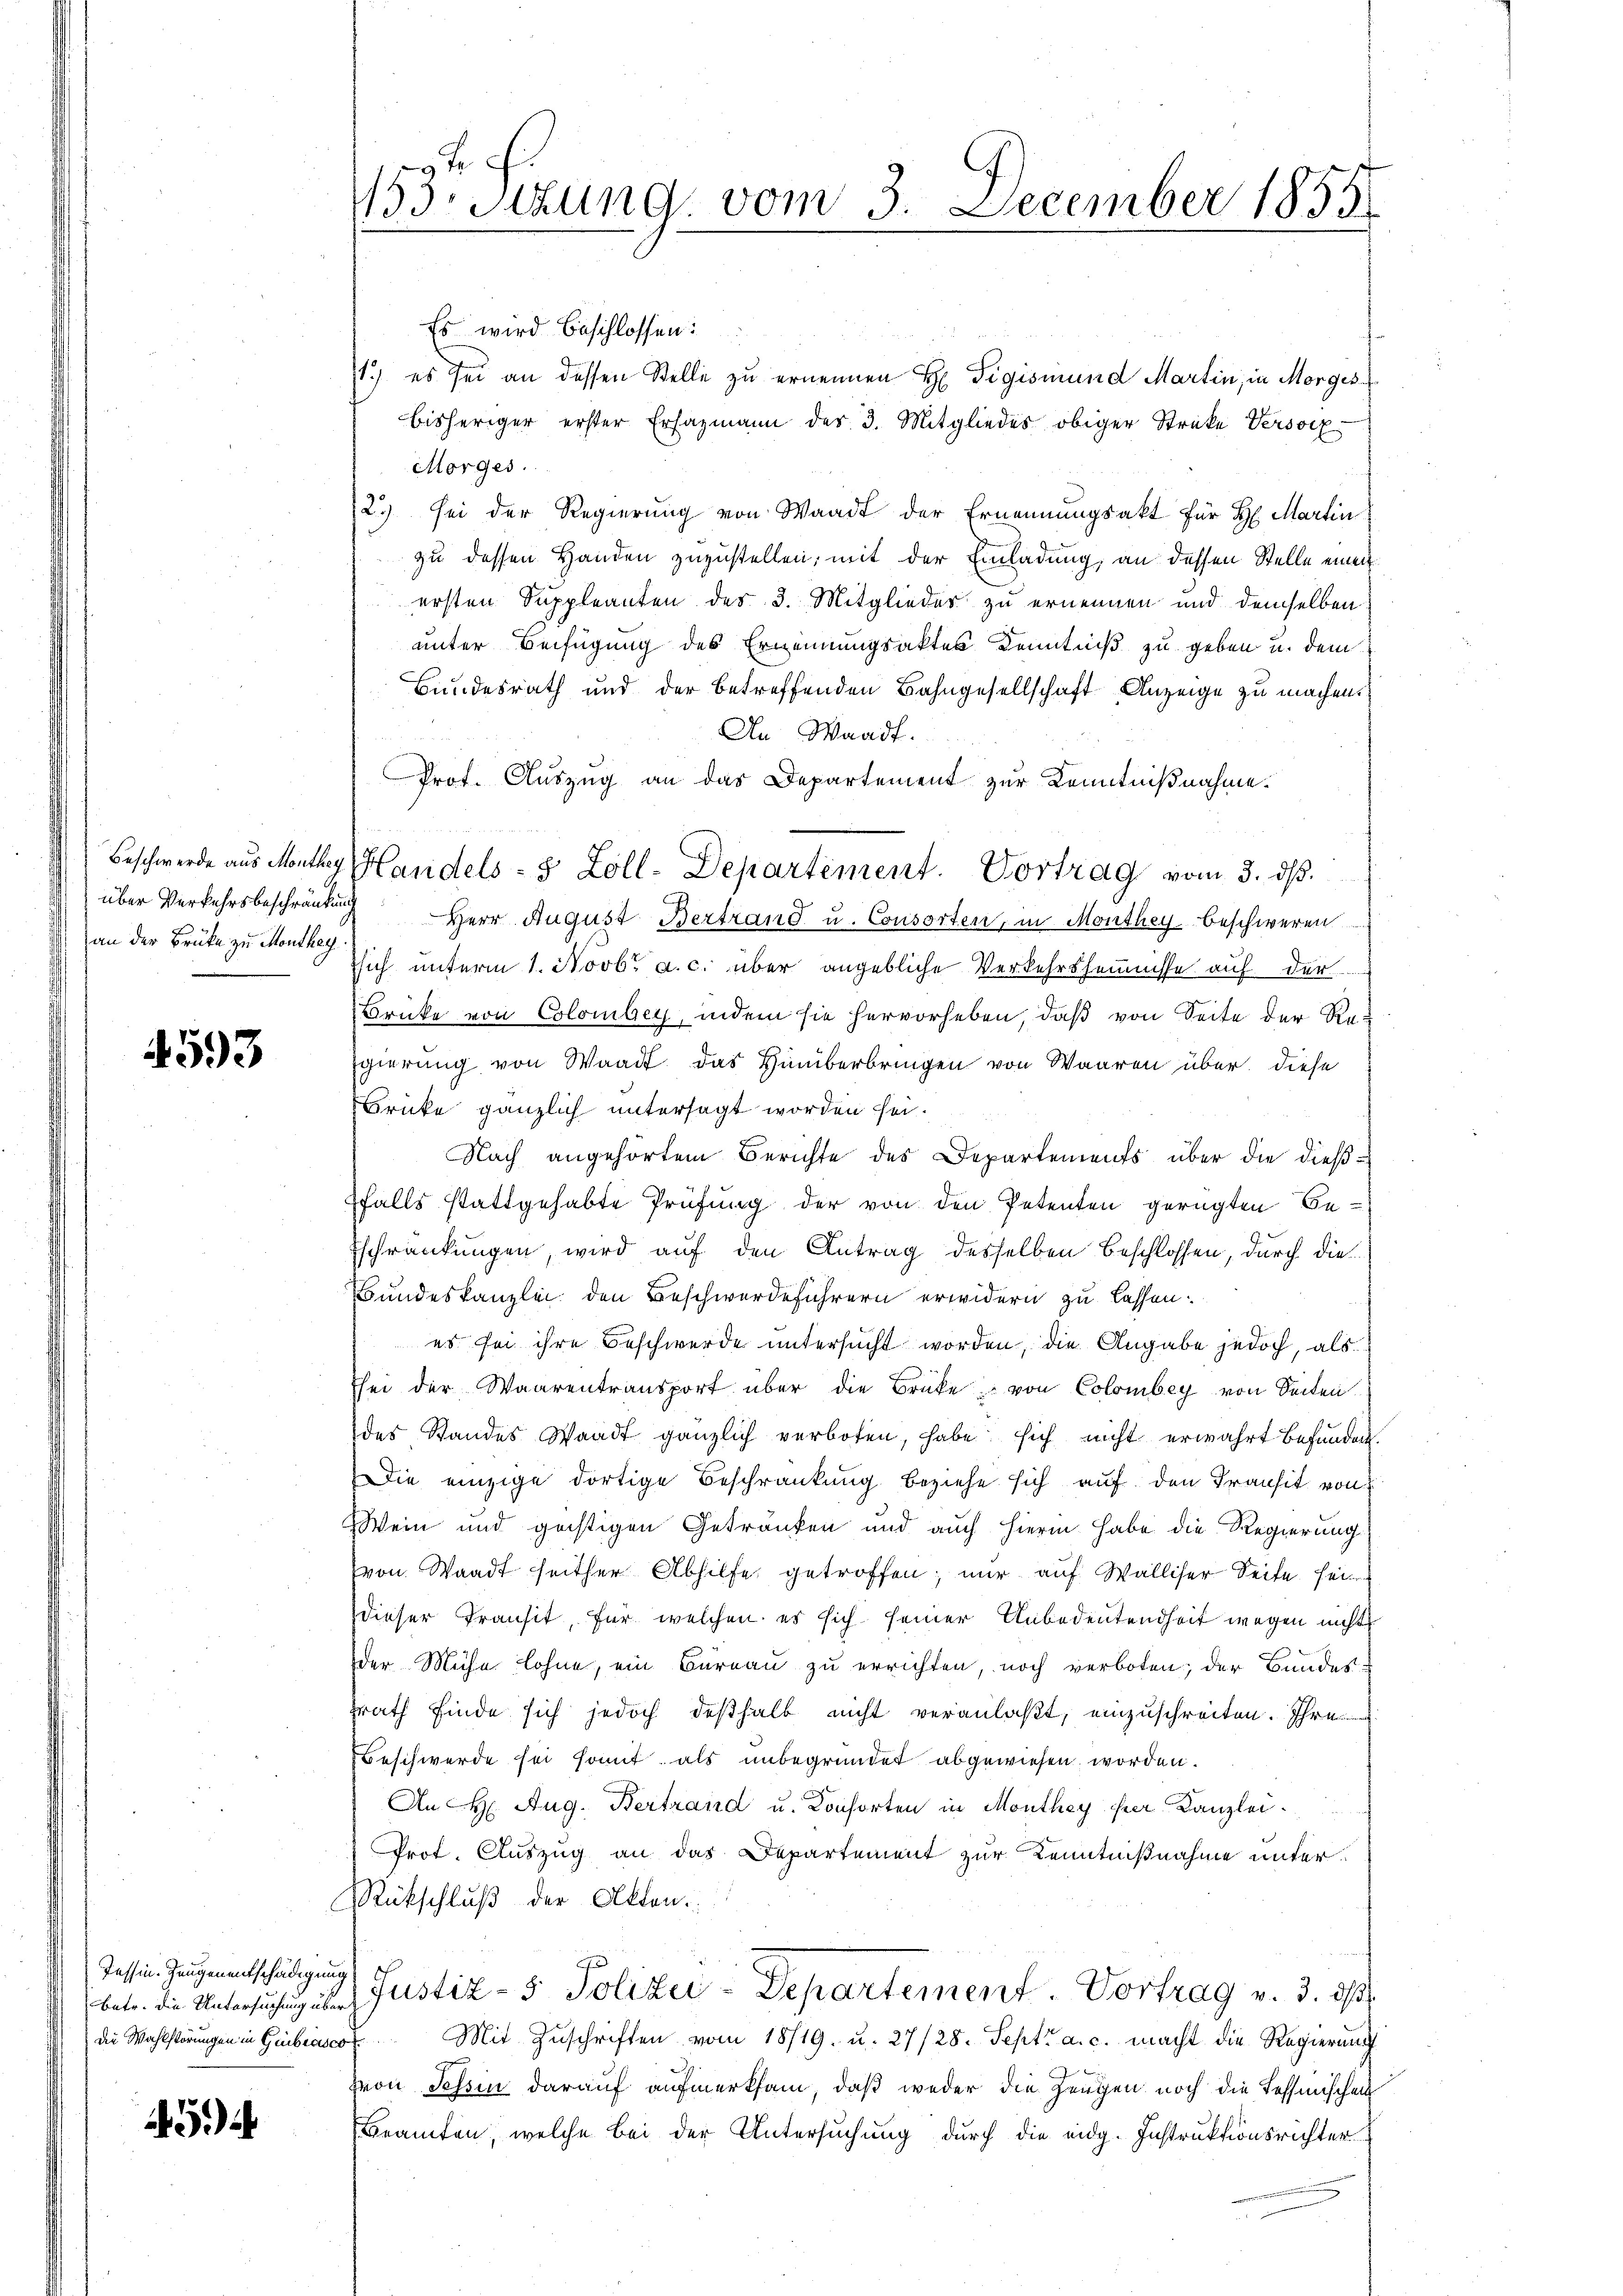
Beschwerde aus Monther
über Verkehrsbeschränkung
an der Brüke zu Monthey

4593

Tessin-Zeugenentschädigung
die Wahlstörungen in Gubiasco

5

153. Sizung vom 3. December 1855

Es wird beschlossen:
1.) es sei an dessen Stelle zu ernennen H Tigismund Martin, in Morges
bisheriger erster Ersazmann des 3. Mitgliedes obiger Streke Versorg
Morges.
2.) Sei der Regierung von Waadt der Ernennungsakt für H. Martin
zu dessen Handen zuzustellen; mit der Einladung, an dessen Stelle einen
ersten Suppleanten des 3. Mitglieder zu ernennen und demselben
unter Beifügung des Ernennungsaktes Kenntniß zu geben u. dem
Bundesrath und der betreffenden Bahngesellschaft Anzeige zu machen.
An Waadt.
Prot. Auszug an das Departement zur Kenntnißnahme.
Herr August Bertrand u. Consorten, in Monthey beschweren
ssich unterm 1. Novbr. a. c. über angebliche Verkehrsheimisse auf der
Brücke von Colomber, indem sie hervorheben, daß von Seite der Regierung von Waadt das Hinüberbringen von Waaren über diese
Brike gänzlich untersagt worden sei.
Nach angehörtem Berichte des Departements über die dießffalls stattgehabte Prüfung der von den Petenten gerügten Be¬
Eschränkungen, wird auf den Antrag desselben beschlossen, durch die¬
Bundeskanzlei den Beschwerdeführern erwidern zu lassen.
es sei ihre Beschwerde untersucht worden, die Angabe jedoch, als
Ehei der Waarentransport über die Brüke von Colombey von Seiten.
des Standes Waadt gänzlich verboten, habe sich nicht erwahrt befunden.
Die einzige dortige Beschränkung beziehe sich auf den Transit von
Wein und geistigen Getränken und auch hierin habe die Regierung
von Waadt seither Abhilfe getroffen; nur auf Walliser Seite sei
dieser Transit, für welchen es sich seiner Unbedeutendheit wegen nicht
der Mühe lohne, ein Bureau zu errichten, noch verboten; der Bundes
srath finde sich jedoch deßhalb nicht veranlaßt, einzuschreiten. Ihre
Beschwerde sei somit als unbegründet abgewiesen worden.
An H. Aug. Bertrand u. Konsorten in Monthey ihrer Kanzlei.
Prot. Auszug an das Departement zur Kenntnißnahme unter
Rückschluß der Akten.
betr. die Untersŭchŭng aber Justiz- & Polizei-Departement. Vortrag v. 3. ds.
Mit Zŭschriften vom 18/19. u. 27/28. Sept. a. c. macht die Regierung
Hron Tessin darauf aufmerksam, daß weder die Zeugen noch die Tessinischen
Beamten, welche bei der Untersuchung durch die eidg. Instruktionsrichter

Handels- 8 Zoll-Departement. Vortrag vom 3. dß.